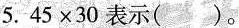
5. $$4 5 \times 3 0$$表示( )。